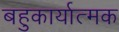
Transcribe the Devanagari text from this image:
बहुकार्यात्‍मक